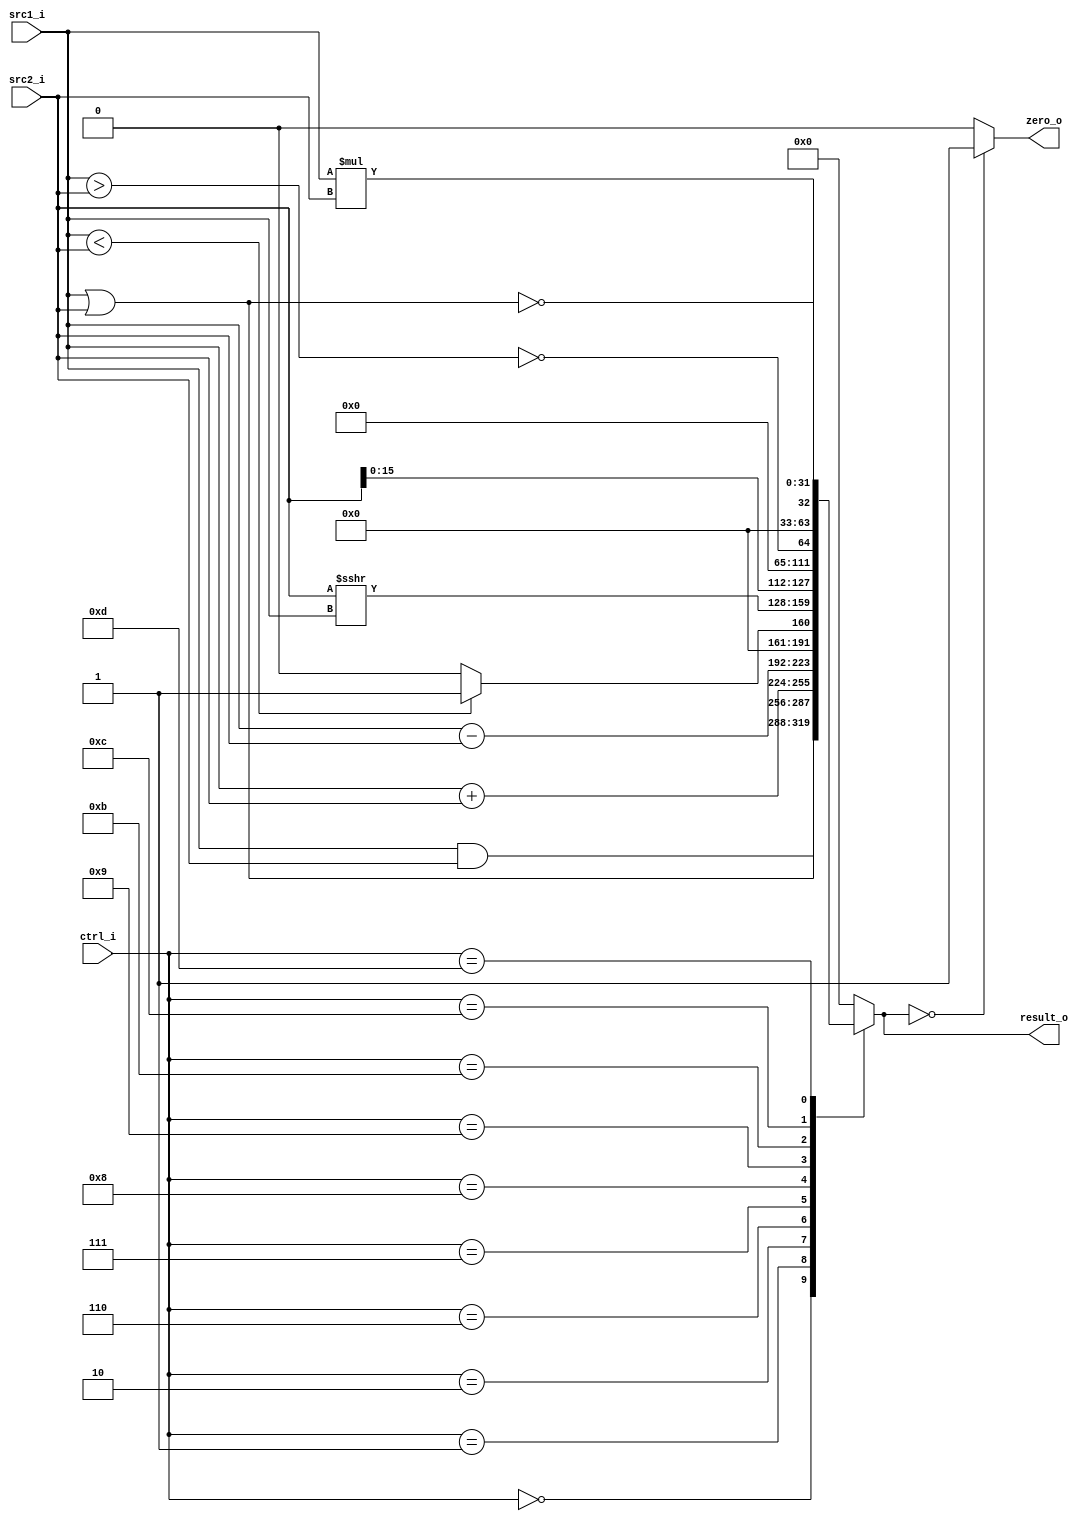
//Subject:     CO project 2 - ALU
//--------------------------------------------------------------------------------
//Version:     1
//--------------------------------------------------------------------------------
//Writer:      Tracy Liu
//----------------------------------------------
//----------------------------------------------
//Description: using 32-bit ALU
//--------------------------------------------------------------------------------

module ALU(
    src1_i,
	src2_i,
	ctrl_i,
	result_o,
	zero_o
	);
     
//I/O ports
input  [32-1:0]  src1_i;
input  [32-1:0]	 src2_i;
input  [4-1:0]   ctrl_i;

output [32-1:0]	 result_o;
output           zero_o;

//Internal signals
reg  signed  [32-1:0]  result_o;
wire             zero_o;

//Parameter

//Main function
always@(ctrl_i, src1_i, src2_i) begin
    case (ctrl_i)
        0:  result_o <= src1_i & src2_i; // bltz
        1:  result_o <= src1_i | src2_i;
        2:  result_o <= src1_i + src2_i;
        6:  result_o <= src1_i - src2_i; // beq, bne, bnez
        7:  result_o <= $signed(src1_i) < $signed(src2_i) ? 1 : 0;
        8:  result_o <= $signed(src2_i) >>> src1_i;  // shift right
        9:  result_o <= src2_i << 16;       // lui
        11: result_o <= !($signed(src1_i) > $signed(src2_i)); // ble
        12: result_o <= !(src1_i | src2_i); // nor
        13: result_o <= $signed(src1_i) * $signed(src2_i);
        default: result_o <= 0;
    endcase
end
assign zero_o = (result_o == 0)? 1:0;

endmodule